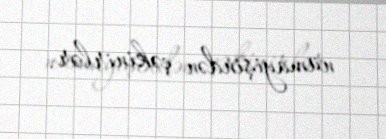
nümayişindən çəkinirlər.